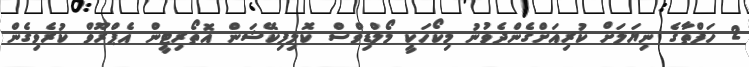
2 ހަފްތާގެ ނިޔަލަށް ކުރިއަށްގެންދެވުނު މިކޯހަކީ މޯލްޑިވްސް ކޮލިފިކޭޝަން އޮތޯރިޓީން އެޕްރޫވް ކުރެވިގެން